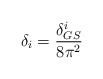
\begin{align*}\delta_i=\frac{\delta^i_{GS}}{8\pi^2}\end{align*}